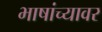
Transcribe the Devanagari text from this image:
भाषांच्यावर